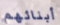
أبنائهم